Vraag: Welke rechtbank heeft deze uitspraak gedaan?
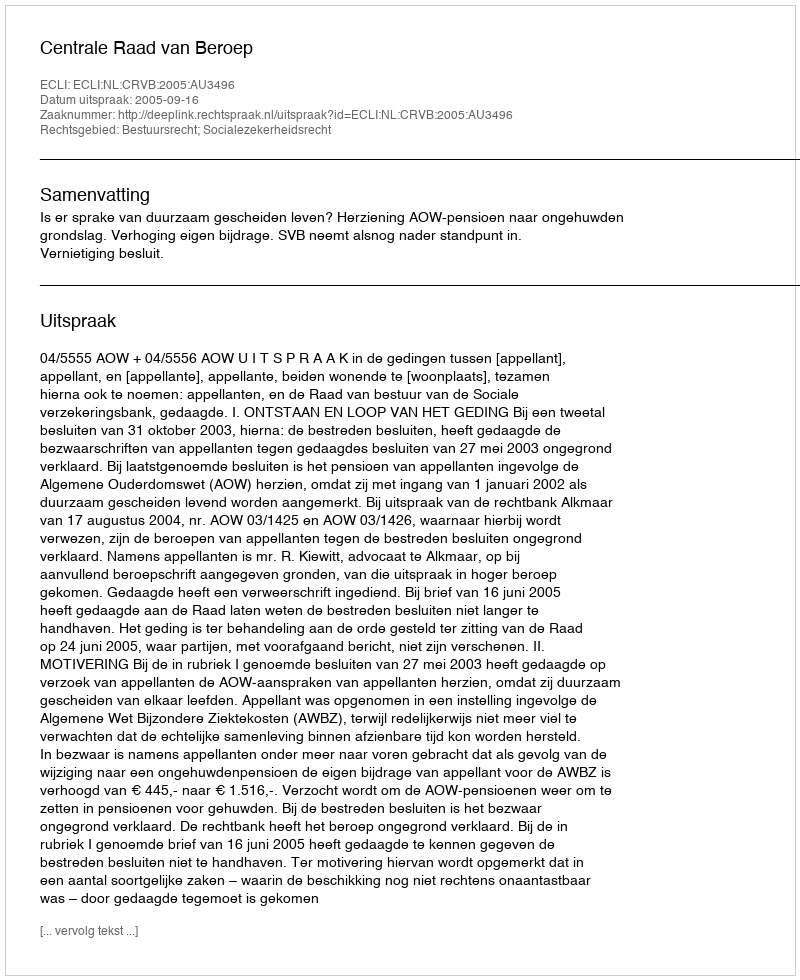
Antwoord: Centrale Raad van Beroep